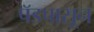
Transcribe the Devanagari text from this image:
पॅडपासून